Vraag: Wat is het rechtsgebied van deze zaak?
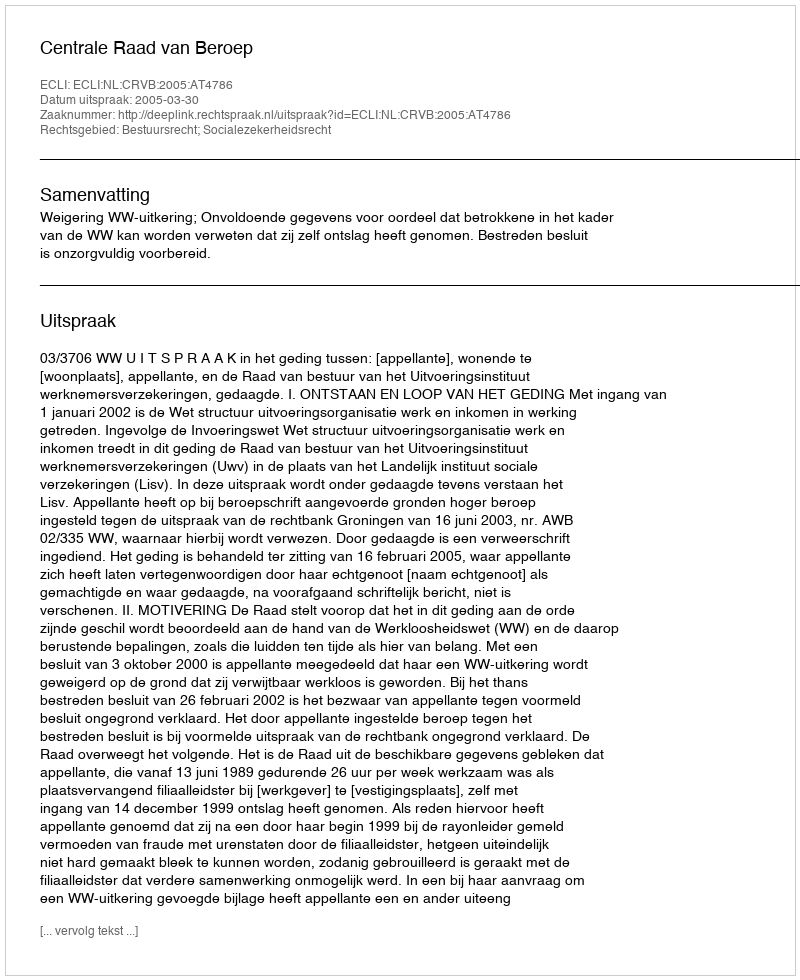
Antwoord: Bestuursrecht; Socialezekerheidsrecht